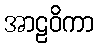
အာဠဝိကာ